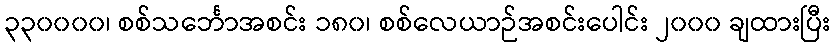
၃၃၀၀၀၀၊ စစ်သင်္ဘောအစင်း ၁၈၀၊ စစ်လေယာဉ်အစင်းပေါင်း ၂၀၀၀ ချထားပြီး